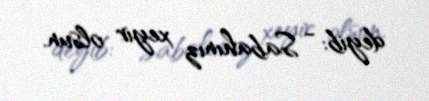
deyib: - Sabahınız xeyir olsun.